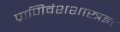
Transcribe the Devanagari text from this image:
प्राणिवंशशास्त्रज्ञ